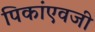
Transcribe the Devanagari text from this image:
पिकांएवजी